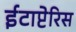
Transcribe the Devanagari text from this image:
ईटाप्टेरिस